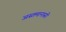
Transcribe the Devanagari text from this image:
अस्तमानासी